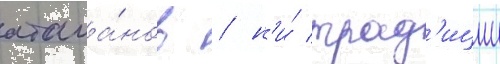
атама́нов / н'и́ трад'иции